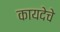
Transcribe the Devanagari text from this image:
कायदेचे